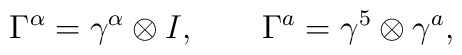
\Gamma^{\alpha} = \gamma^{\alpha} \otimes I , \ \ \ \ \ \ \Gamma^a = \gamma^5 \otimes \gamma^a ,